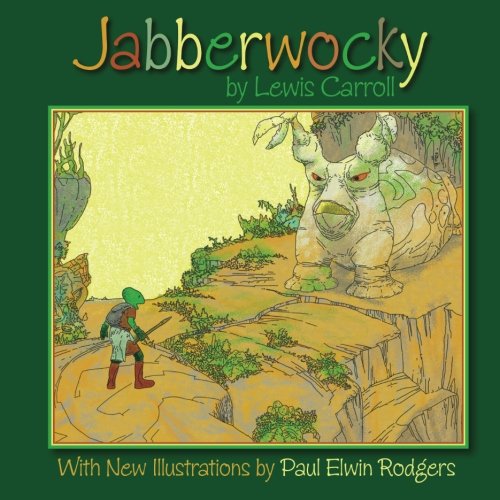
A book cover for Jabberwocky: With New Illustrations by Paul Elwin Rodgers; Lewis Carroll; Teen & Young Adult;